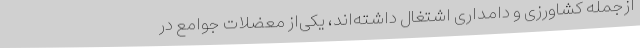
ازجمله کشاورزی و دامداری اشتغال داشته‌اند، یکی‌از معضلات جوامع در